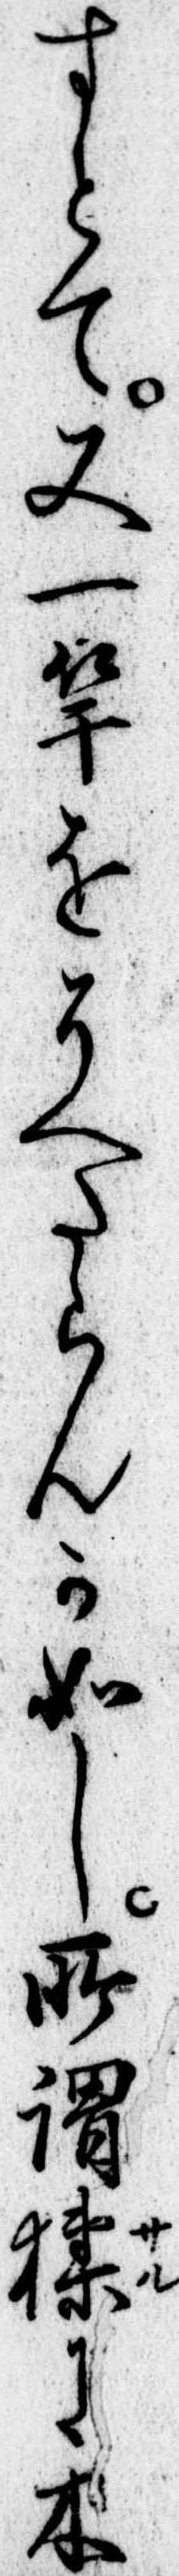
すとて又一竿をそへたらんか如し所謂に木